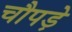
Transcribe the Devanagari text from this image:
चौपड़े